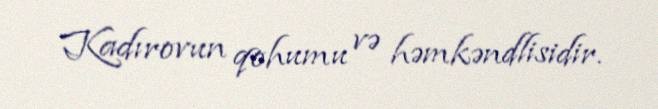
Kadırovun qohumu və həmkəndlisidir.